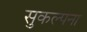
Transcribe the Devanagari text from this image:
सुकल्पना